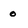
Character: 0